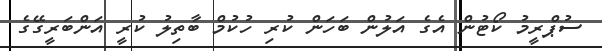
ސުޕްރީމު ކޯޓުން އެގެ އަލުން ބަހަން ކުރި ހުކުމް ބާތިލު ކުރީ އަންބަރީގޭގެ